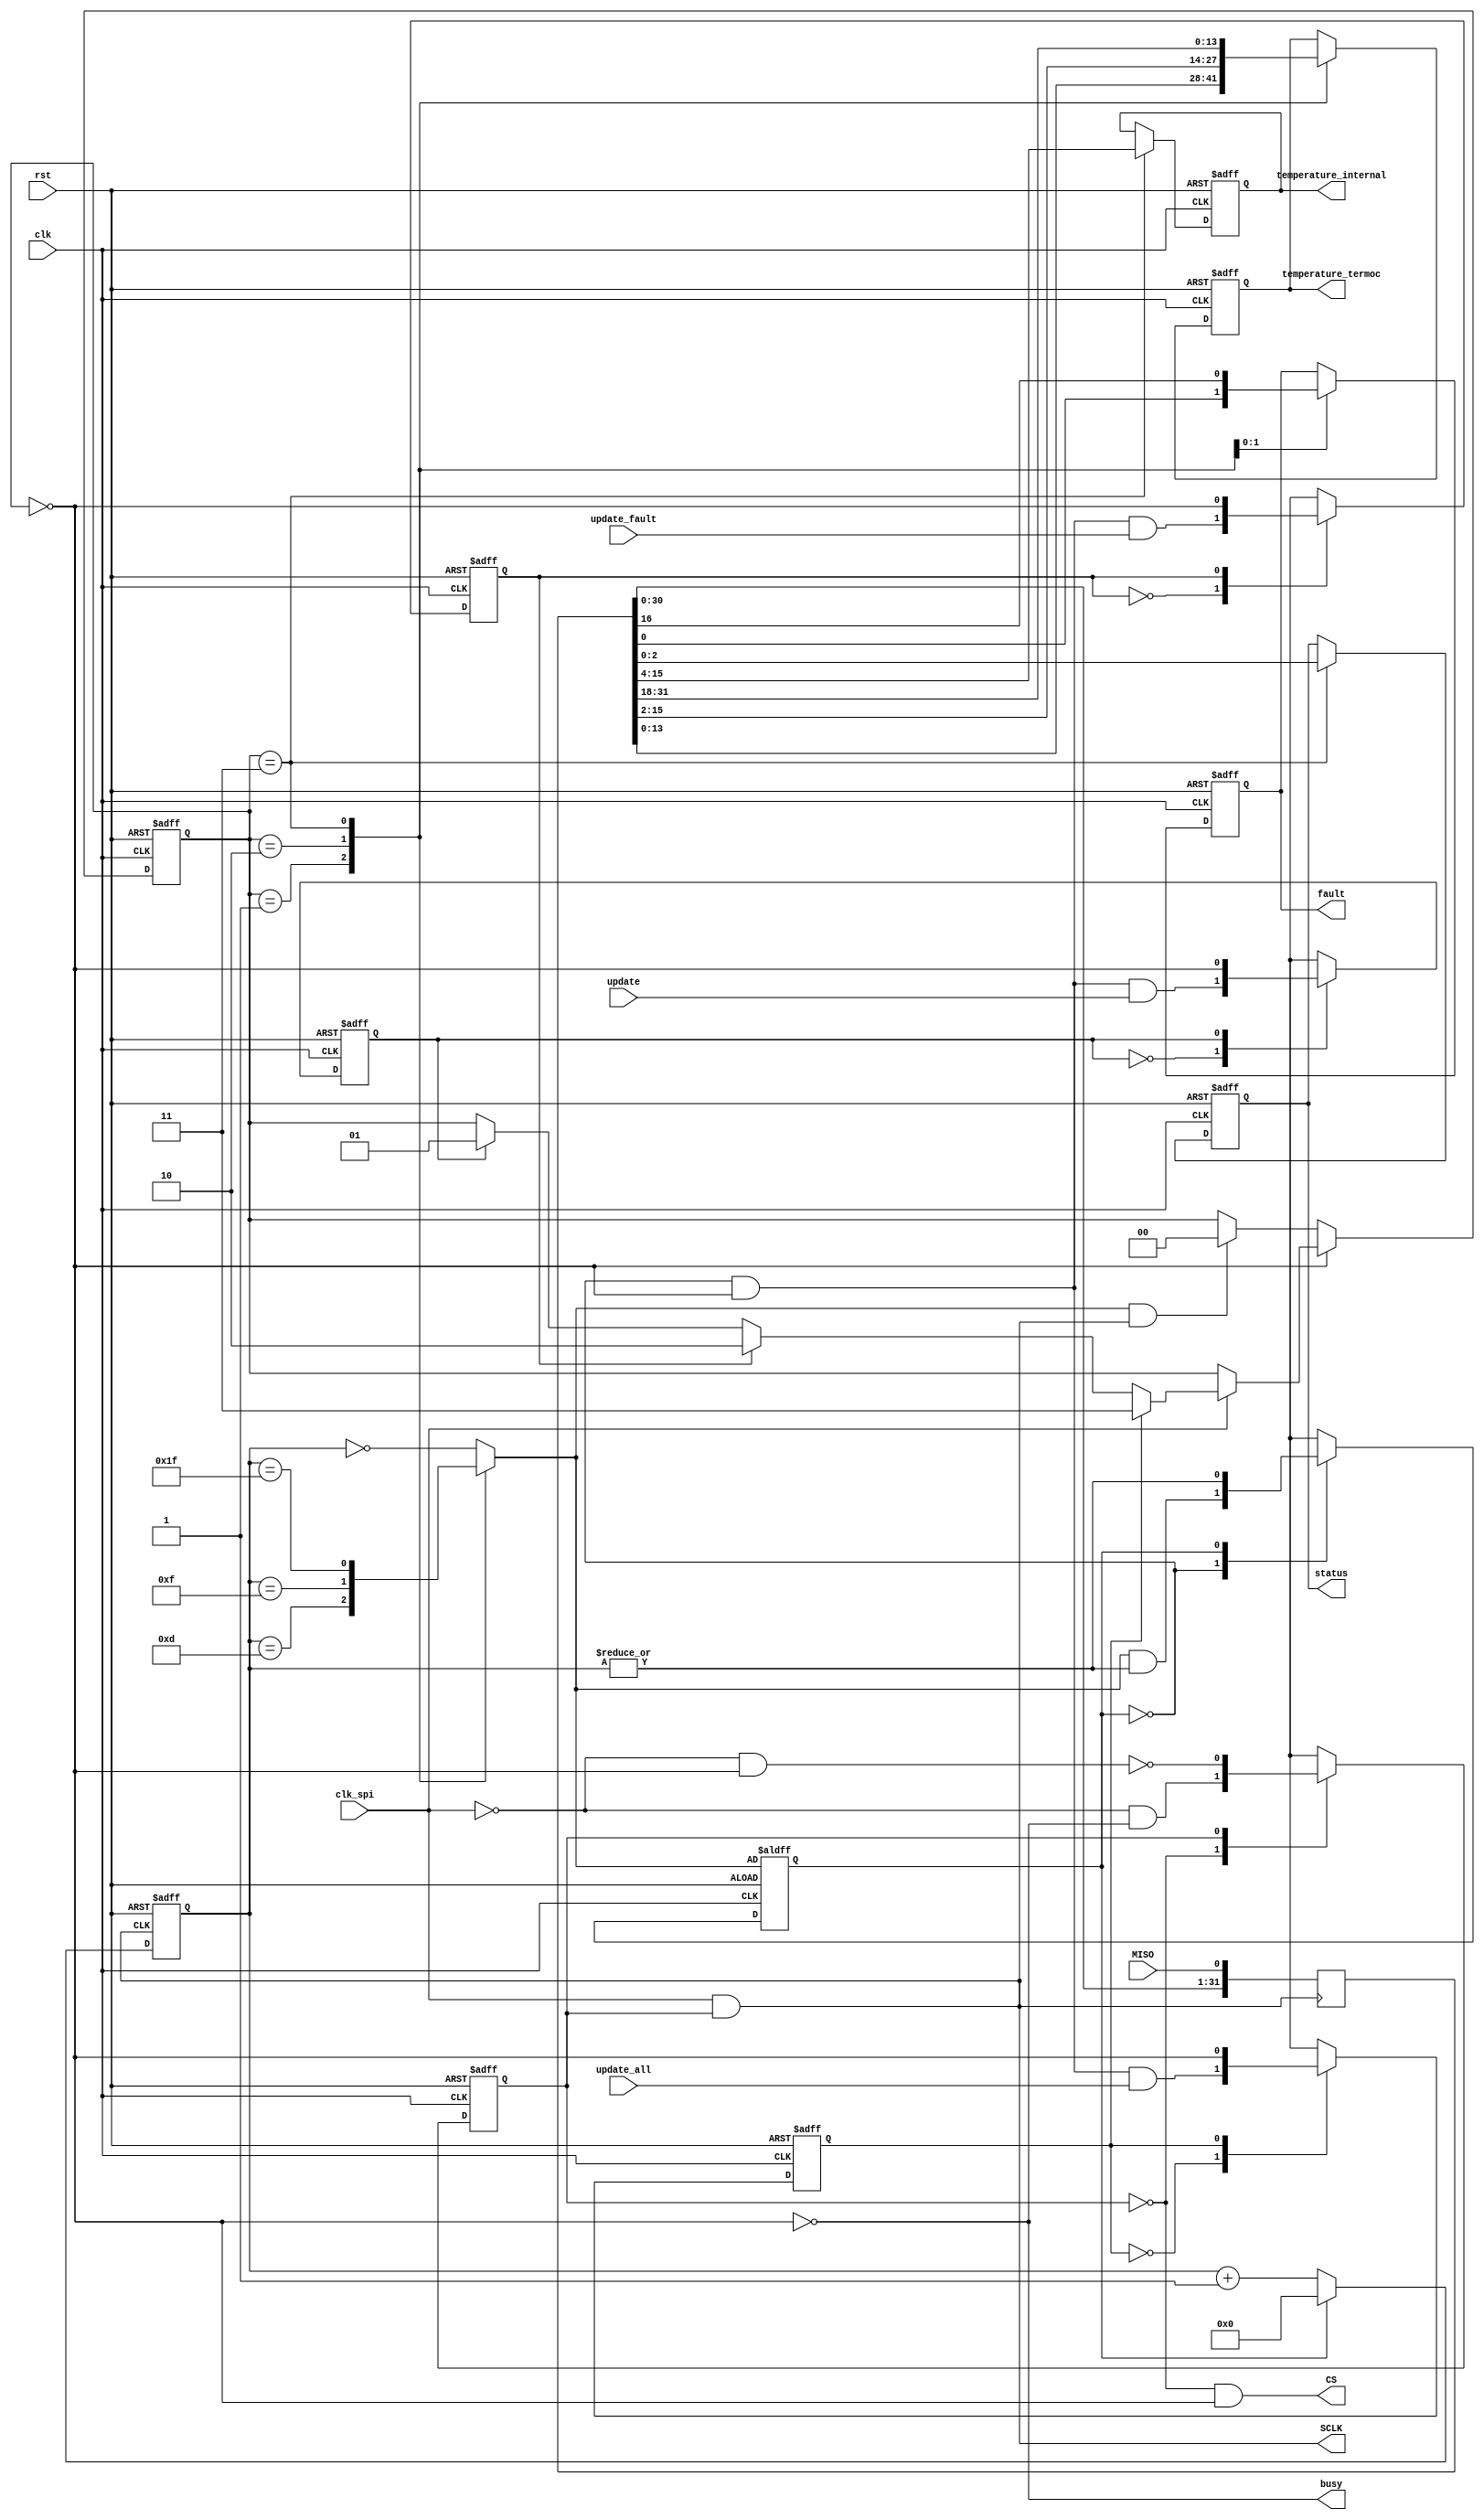
/* ------------------------------------------------ *
 * Title       : Pmod TC1 interface v1.0            *
 * Project     : Pmod Collection                    *
 * ------------------------------------------------ *
 * Last Edit   : 25/04/2021                         *
 * Licence     : CERN-OHL-W                         *
 * ------------------------------------------------ *
 * Description : Simple interface to communicate    *
 *               with Pmod TC1                      *
 * ------------------------------------------------ */

module tc1(
  input clk,
  input rst,
  input clk_spi, //Max 5 MHz
  //SPI ports
  output SCLK,
  input MISO,
  output CS,
  //interface ports
  input update,
  input update_fault,
  input update_all,
  output busy, //Busy outputs are not valid
  output reg [13:0] temperature_termoc,
  output reg [11:0] temperature_internal,
  output reg [2:0] status, //thermocouple is {Vcc,GND,Open}
  output reg fault);
  reg [31:0] buffer;
  reg SCLK_mask;
  localparam IDLE = 2'd0,
           UP_STD = 2'd1,
           UP_FLT = 2'd2,
           UP_ALL = 2'd3;
  reg [1:0] state;
  wire inIDLE, inSTD, inFLT, inALL;
  reg [5:0] bitCounter;
  reg bitCountDone, bitCountDone_reg;
  reg update_reg, update_fault_reg, update_all_reg;

  //Decode states
  assign inIDLE = (state == IDLE);
  assign inSTD  = (state == UP_STD);
  assign inFLT  = (state == UP_FLT);
  assign inALL  = (state == UP_ALL);

  //Capture update signals
  always@(posedge clk or posedge rst) begin
    if(rst) begin
      update_reg       <= 1'b0;
      update_all_reg   <= 1'b0;
      update_fault_reg <= 1'b0;
    end else begin
      case(update_reg)
        1'b0: update_reg <= ~bitCountDone_reg & inIDLE & update;
        1'b1: update_reg <= inIDLE;
      endcase
      case(update_fault_reg)
        1'b0: update_fault_reg <= ~bitCountDone_reg & inIDLE & update_fault;
        1'b1: update_fault_reg <= inIDLE;
      endcase
      case(update_all_reg)
        1'b0: update_all_reg <= ~bitCountDone_reg & inIDLE & update_all;
        1'b1: update_all_reg <= inIDLE;
      endcase
    end
  end
  
  //Capture bitCountDone
  always@(posedge clk or posedge rst) begin
    if(rst) begin
      bitCountDone_reg <= bitCountDone;
    end else case(bitCountDone_reg)
      1'b0: bitCountDone_reg <= bitCountDone & |bitCounter;
      1'b1: bitCountDone_reg <= |bitCounter;
    endcase
  end

  //State transactions
  always@(posedge clk or posedge rst) begin
    if(rst) begin
      state <= IDLE;
    end else case(state)
      IDLE: begin
          if(clk_spi) begin//We switch when clk_spi high to met timing
            if(update_all_reg) begin
              state <= UP_ALL;
            end else if(update_fault_reg) begin
              state <= UP_FLT;
            end else if(update_reg) begin
              state <= UP_STD;
            end
          end
        end
      default: state <= (bitCountDone & SCLK) ? IDLE : state;
    endcase
  end

  //State derived signals
  assign CS = ~SCLK_mask & inIDLE;
  assign busy = ~inIDLE;

  //Disable SCLK when not in use
  assign SCLK = clk_spi & SCLK_mask;

  //Store incoming data
  always@(posedge SCLK)
    begin
      buffer <= {buffer[30:0], MISO};
    end
  
  //Buffer to output ports
  always@(posedge clk or posedge rst) begin
    if(rst) begin
      temperature_termoc <= 14'd0;
      temperature_internal <= 12'd0;
      status <= 2'd0;
      fault <= 1'd0;
    end else case(state)
      UP_STD: temperature_termoc <= buffer[13:0];
      UP_FLT: begin
        temperature_termoc <= buffer[15:2];
        fault <= buffer[0];
      end
      UP_ALL: begin
        temperature_termoc <= buffer[31:18];
        fault <= buffer[16];
        temperature_internal <= buffer[15:4];
        status <= buffer[2:0];
      end
    endcase
  end
  
  //Determine bitCountDone
  always@* begin
      case(state)
        UP_STD : bitCountDone = (bitCounter == 6'd13);
        UP_FLT : bitCountDone = (bitCounter == 6'd15);
        UP_ALL : bitCountDone = (bitCounter == 6'd31);
        default: bitCountDone = (bitCounter == 6'h0);
      endcase
    end
  
  //Count negative edges of clock
  always@(negedge SCLK or posedge rst) begin
    if(rst) begin
      bitCounter <= 6'd0;
    end else begin
      bitCounter <= (bitCountDone_reg) ? 6'h0 : bitCounter + 6'h1;
    end
  end
  
  //Clock mask
  always@(posedge clk or posedge rst) begin
    if(rst) begin
      SCLK_mask <= 1'b0;
    end else case(SCLK_mask)
      1'b0: SCLK_mask <= ~clk_spi & ~inIDLE;
      1'b1: SCLK_mask <= ~(~clk_spi & inIDLE);
    endcase
  end
endmodule